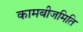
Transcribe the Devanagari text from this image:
कामबीजमिति